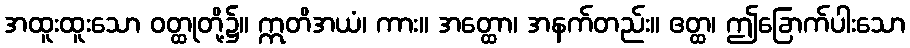
အထူးထူးသော ဝတ္ထုတို့၌။ ဣတိအယံ၊ ကား။ အတ္ထော၊ အနက်တည်း။ ဧတ္ထ၊ ဤခြောက်ပါးသော